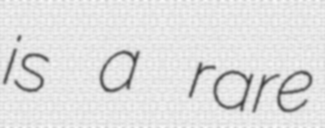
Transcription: is a rare